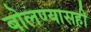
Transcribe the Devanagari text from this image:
बोलण्यासही